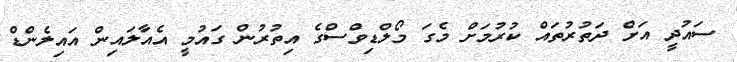
ސައުދީ އަށް ދަތުރުތައް ކުރުމަށް މެގަ މޯލްޑިވްސްގެ އިތުރުން ގައުމީ އެއާލައިން އައިލެންޑް